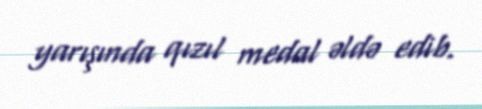
yarışında qızıl medal əldə edib.